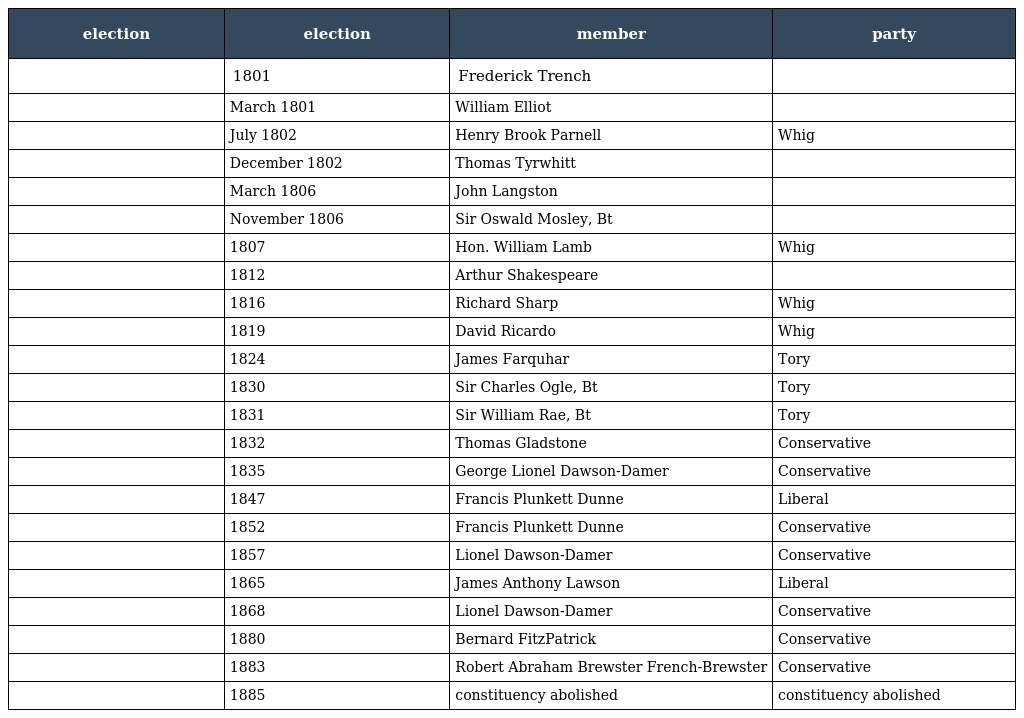
| election | election | member | party |
 | --- | --- | --- | --- |
 |  | 1801 | Frederick Trench |  |
 |  | March 1801 | William Elliot |  |
 |  | July 1802 | Henry Brook Parnell | Whig |
 |  | December 1802 | Thomas Tyrwhitt |  |
 |  | March 1806 | John Langston |  |
 |  | November 1806 | Sir Oswald Mosley, Bt |  |
 |  | 1807 | Hon. William Lamb | Whig |
 |  | 1812 | Arthur Shakespeare |  |
 |  | 1816 | Richard Sharp | Whig |
 |  | 1819 | David Ricardo | Whig |
 |  | 1824 | James Farquhar | Tory |
 |  | 1830 | Sir Charles Ogle, Bt | Tory |
 |  | 1831 | Sir William Rae, Bt | Tory |
 |  | 1832 | Thomas Gladstone | Conservative |
 |  | 1835 | George Lionel Dawson-Damer | Conservative |
 |  | 1847 | Francis Plunkett Dunne | Liberal |
 |  | 1852 | Francis Plunkett Dunne | Conservative |
 |  | 1857 | Lionel Dawson-Damer | Conservative |
 |  | 1865 | James Anthony Lawson | Liberal |
 |  | 1868 | Lionel Dawson-Damer | Conservative |
 |  | 1880 | Bernard FitzPatrick | Conservative |
 |  | 1883 | Robert Abraham Brewster French-Brewster | Conservative |
 |  | 1885 | constituency abolished | constituency abolished |